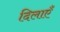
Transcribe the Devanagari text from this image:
दिलाएँ